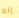
إنه